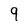
Character: 9